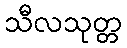
သီလသုတ္တ